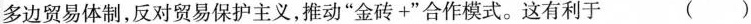
多边贸易体制，反对贸易保护主义，推动”金砖+”合作模式。这有利于 ( )